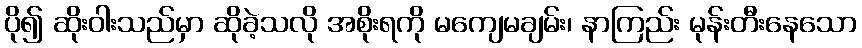
ပို၍ ဆိုးဝါးသည်မှာ ဆိုခဲ့သလို အစိုးရကို မကျေမချမ်း၊ နာကြည်း မုန်းတီးနေသော